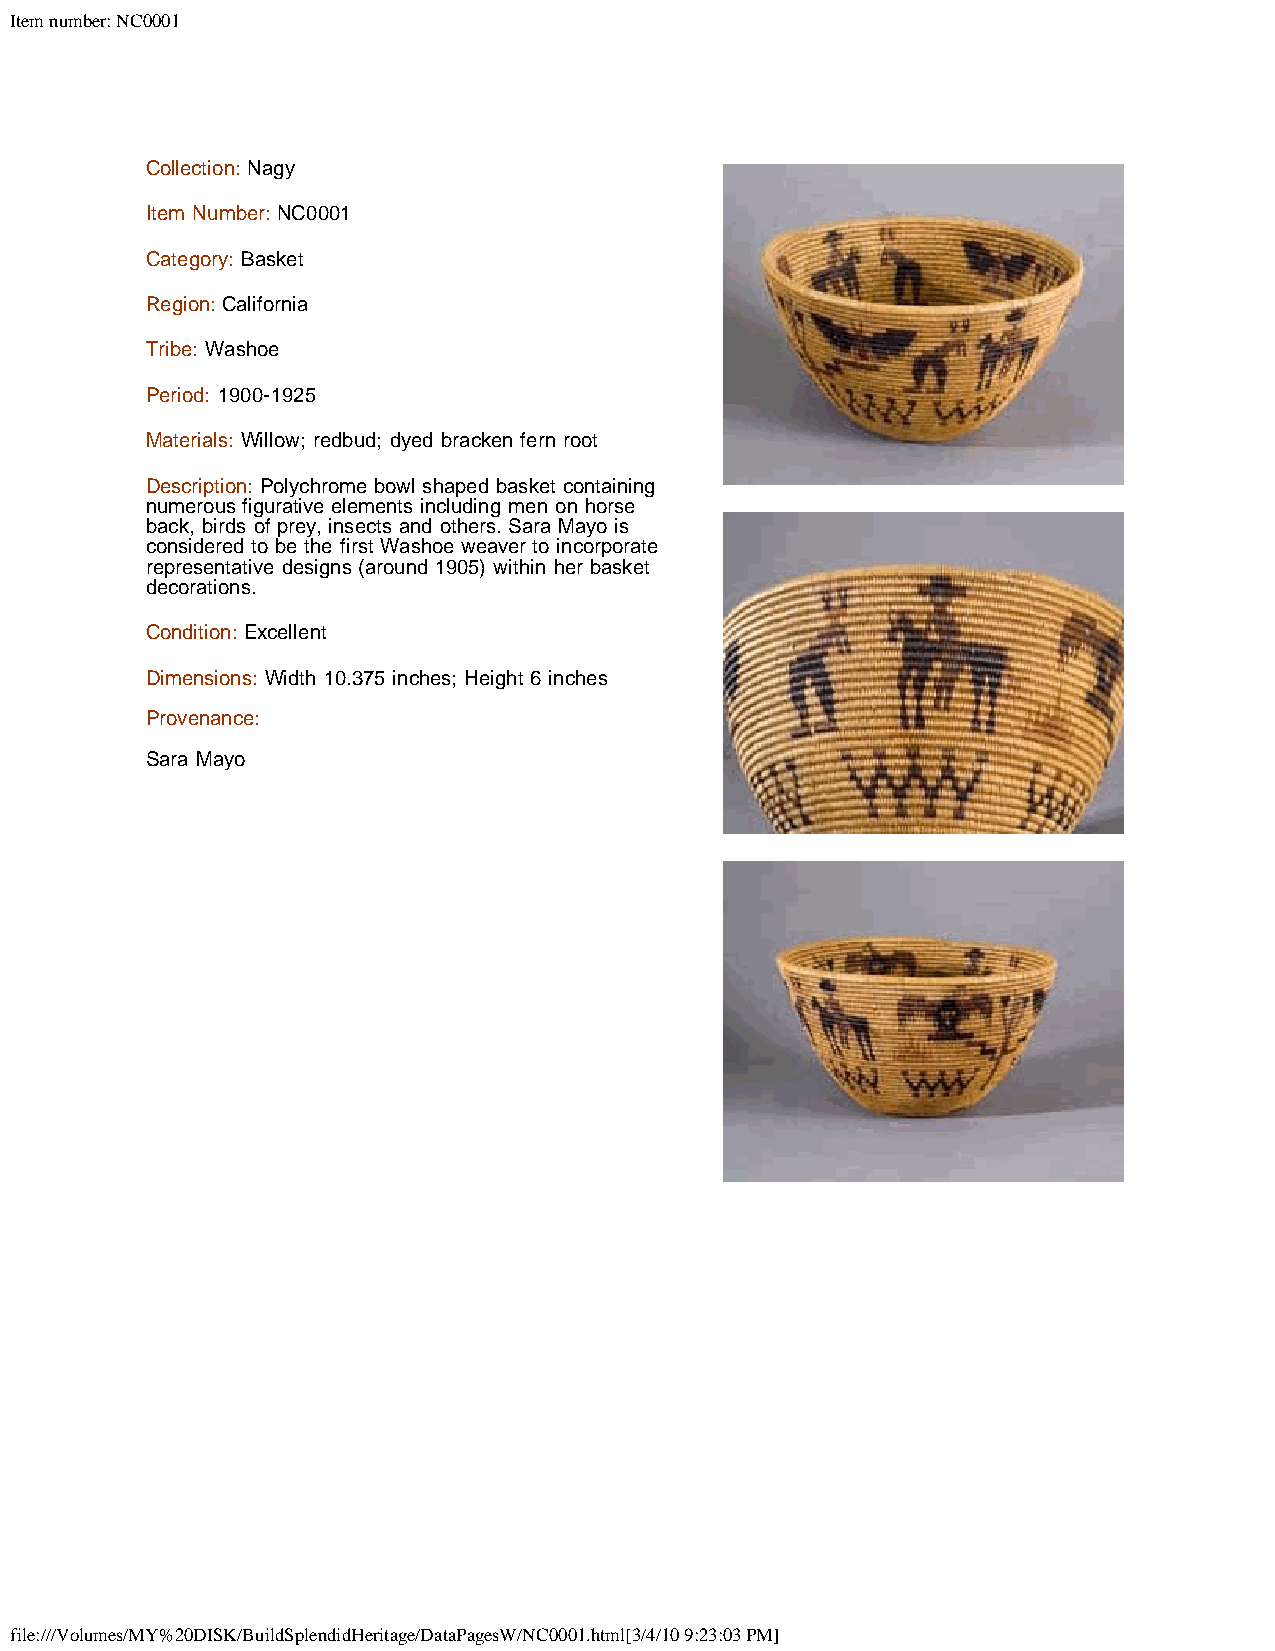
Item number: NC0001
 Collection: Nagy
 Item Number: NC0001
 Category: Basket
 Region: California
 Tribe: Washoe
 Period: 1900-1925
 Materials: Willow; redbud; dyed bracken fern root
 Description: Polychrome bowl shaped basket containing
 numerous figurative elements including men on horse
 back, birds of prey, insects and others. Sara Mayo is
 considered to be the first Washoe weaver to incorporate
 representative designs (around 1905) within her basket
 decorations.
 Condition: Excellent
 Dimensions: Width 10.375 inches; Height 6 inches
 Provenance:
 Sara Mayo
 file:///Volumes/MY%20DISK/BuildSplendidHeritage/DataPagesW/NC0001.html[3/4/10 9:23:03 PM]